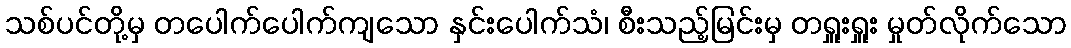
သစ်ပင်တို့မှ တပေါက်ပေါက်ကျသော နှင်းပေါက်သံ၊ စီးသည့်မြင်းမှ တရှူးရှူး မှုတ်လိုက်သော